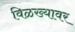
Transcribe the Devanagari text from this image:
विळख्यावर